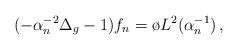
LaTeX: \begin{align*}(-\alpha_n^{-2} \Delta_g -1)f_n =\o{L^2}(\alpha_n^{-1})\, ,\end{align*}